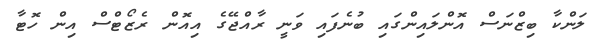
ލަންކާ ބިޒްނަސް އޮންލައިންގައި ބުނެފައި ވަނީ ރާއްޖޭގެ އިއޮން ރެޒޯޓްސް އިން ހޮޓާ